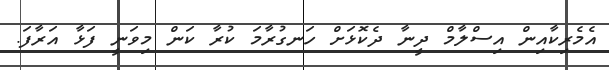
އެމެރިކާއިން އިސްލާމް ދީނާ ދެކޮޅަށް ހަނގުރާމަ ކުރާ ކަން މިވަނީ ފަޅާ އަރާފަ.